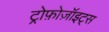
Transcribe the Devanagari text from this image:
ट्रोफ़ोज़ॉइट्स